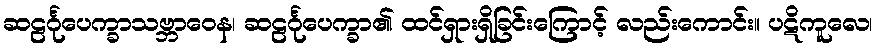
ဆဠင်္ဂုပေက္ခာသဗ္ဘာဝေန၊ ဆဠင်္ဂုပေက္ခာ၏ ထင်ရှားရှိခြင်းကြောင့် လည်းကောင်း။ ပဋိကူလေ၊